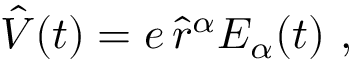
\hat { V } ( t ) = e \, \hat { r } ^ { \alpha } E _ { \alpha } ( t ) \mathrm { ~ , ~ }